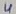
Text: 4